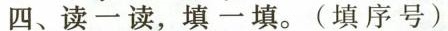
四、读一读，填一填。(填序号)